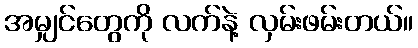
အမျှင်တွေကို လက်နဲ့ လှမ်းဖမ်းတယ်။